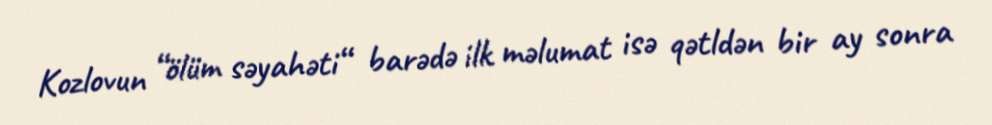
Kozlovun “ölüm səyahəti“ barədə ilk məlumat isə qətldən bir ay sonra